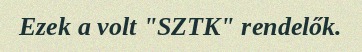
Ezek a volt "SZTK" rendelők.